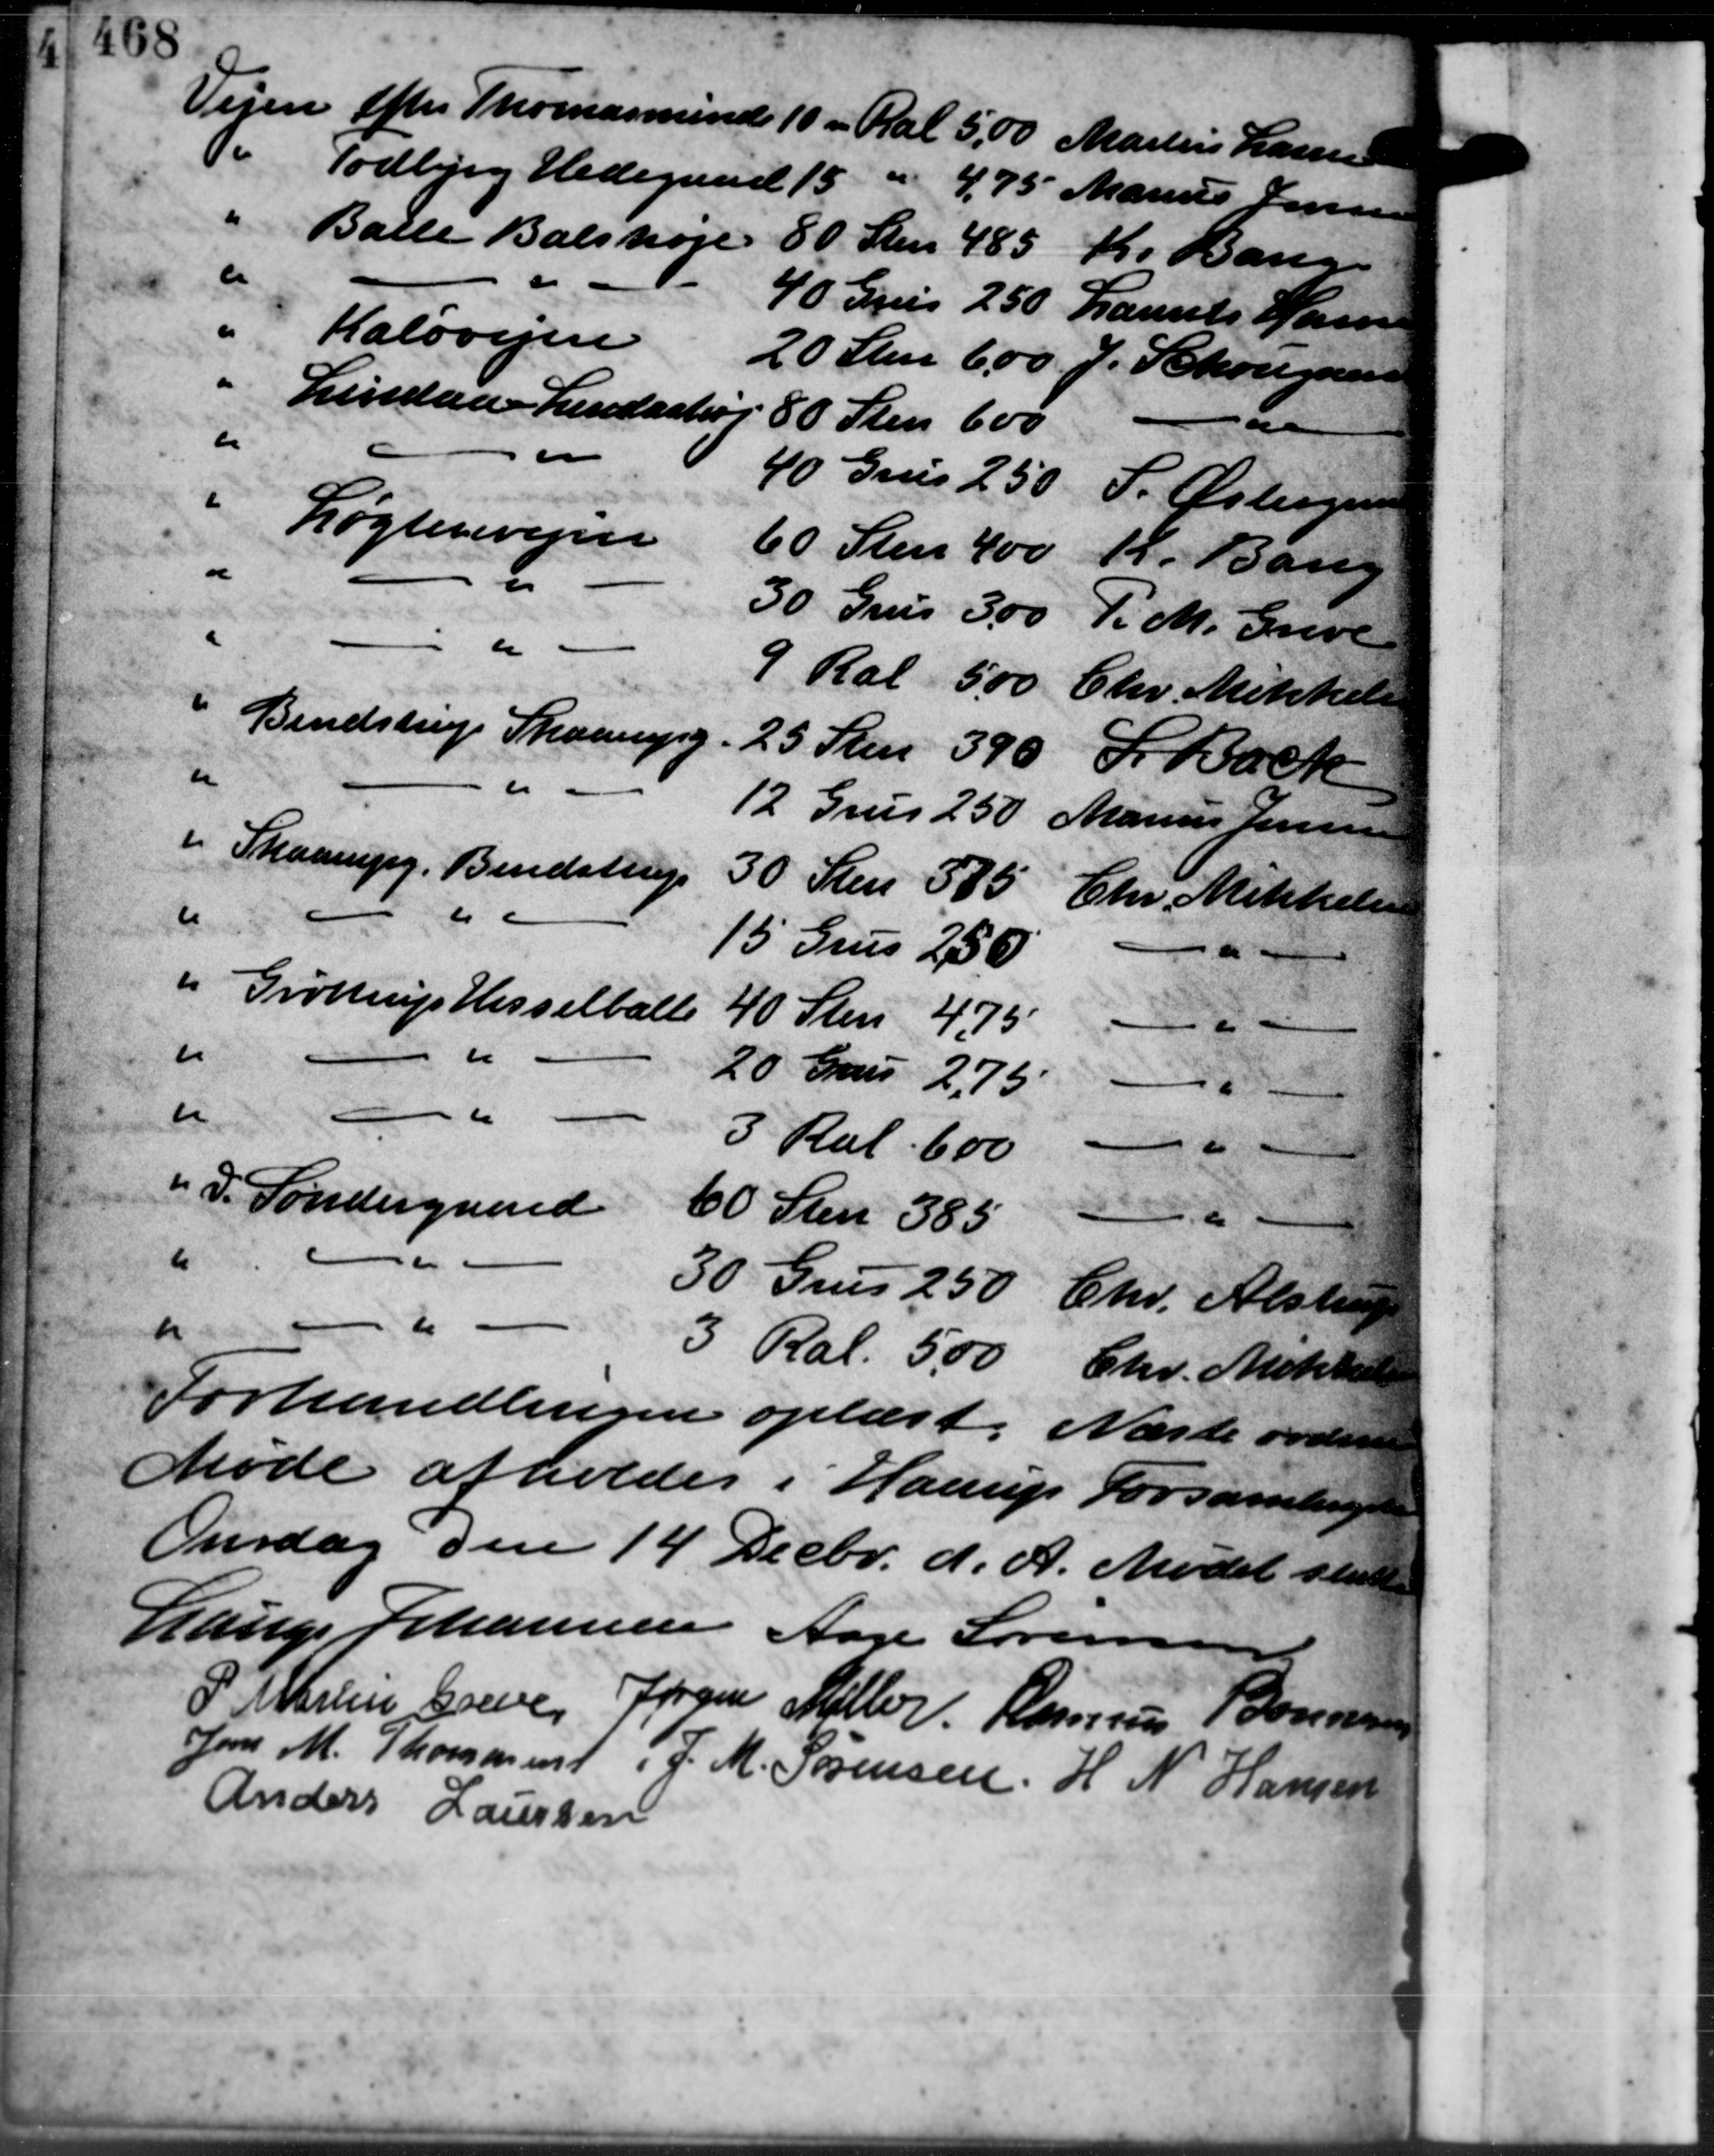
Transskription:
Vejen Efter Thomasmindes 10 – Ral 5,00 Martin Larsen
do Todbjerg Hedegaard                    4,75 Marius Jensen
" Balle Balshøje 80 Sten 485 Kr. Bang
c " 40 Grus 250 Laurits Hansen
" Kaløvejen 20 Sten 6,00. J. Schougaard
Lindaa Lindaster 80 Sten 600
" 0 40 Grus 250 S. Østergaard
Løgtenevejen 60 Sten 400 K. Bang
" 30 Grus 300 F. M. Greve
- " - 9 Ral 500 Chr. Mikkelsen
" Bendstrup Skaarupg 25 Sten 390, S. Back
" " 12 Grus 250 Marius Jensen
i Skaarupg. Bendstrup
30 Sten 585 Chr. Mikkelsen
" " 15 Grus 2,50
" Grøttrup Hesselballe 40 Sten 4,75  " - "
" " 20 Grus 2,75 -
" " 3 Ral 600 - " -
" P. Søndergaard 60 Sten 385 -6 -
" 30 Grus 2,50 Chr. Alstrup
" - " - 3 Ral 500 Chr. Mikkelse
Forhandlingen oplæst. Næste ordinære
Møde afholdes i Haarup Forsamlings
Onsdag den 14 Decbr. d. A. Mødet slutte
Lauge Johannesen Aage Sørensen
P. Martin Greve Jørgen Møller Rasmus Bonnesen
Jens M. Thomasen J. M. Sørensen H. N. Hansen
Anders Laursen